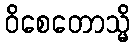
ဝိစေတောသ္မိ